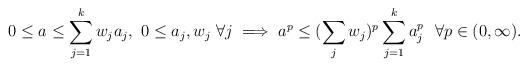
LaTeX: \begin{align*}0 \leq a \leq \sum_{j=1}^k w_j a_j,\ 0 \leq a_j, w_j\ \forall j \implies a^p \leq (\sum_j w_j)^p \sum_{j=1}^k a_j^p\ \ \forall p\in (0, \infty). \end{align*}